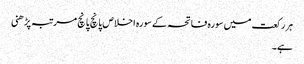
ہر رکعت میں سورہ فاتحہ کے سورہ اخلاص پانچ پانچ مرتبہ پڑھنی
ہے۔